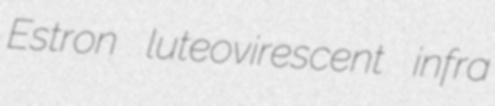
Estron luteovirescent infra